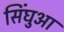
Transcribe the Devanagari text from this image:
सिंघुआ